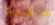
قافية